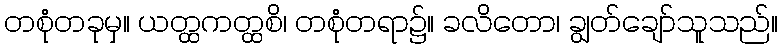
တစုံတခုမှ။ ယတ္ထကတ္ထစိ၊ တစုံတရာ၌။ ခလိတော၊ ချွတ်ချော်သူသည်။